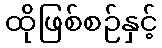
ထိုဖြစ်စဉ်နှင့်